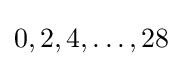
0,2,4,\dots ,28